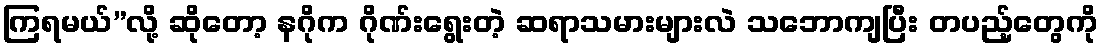
ကြရမယ်”လို့ ဆိုတော့ နဂိုက ဂိုဏ်းရွေးတဲ့ ဆရာသမားများလဲ သဘောကျပြီး တပည့်တွေကို